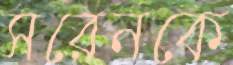
সরেনকে